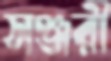
সঞ্জরী